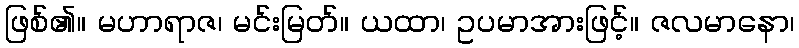
ဖြစ်၏။ မဟာရာဇ၊ မင်းမြတ်။ ယထာ၊ ဥပမာအားဖြင့်။ ဇလမာနော၊